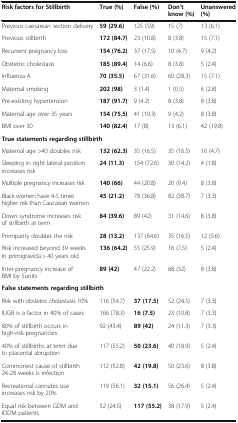
<table><thead><tr><td><b>Risk factors for Stillbirth</b></td><td><b>True (%)</b></td><td><b>False (%)</b></td><td><b>Don’t know (%)</b></td><td><b>Unanswered (%)</b></td></tr></thead><tbody><tr><td>Previous caesarean section delivery</td><td><b>59 (29.6)</b></td><td>125 (59)</td><td>15 (7)</td><td>13 (6.1)</td></tr><tr><td>Previous stillbirth</td><td><b>172 (84.7)</b></td><td>23 (10.8)</td><td>8 (3.8)</td><td>15 (7.1)</td></tr><tr><td>Recurrent pregnancy loss</td><td><b>154 (76.2)</b></td><td>37 (17.5)</td><td>10 (4.7)</td><td>9 (4.2)</td></tr><tr><td>Obstetric cholestasis</td><td><b>185 (89.4)</b></td><td>14 (6.6)</td><td>8 (3.8)</td><td>5 (2.4)</td></tr><tr><td>Influenza A</td><td><b>70 (35.5)</b></td><td>67 (31.6)</td><td>60 (28.3)</td><td>15 (7.1)</td></tr><tr><td>Maternal smoking</td><td><b>202 (98)</b></td><td>3 (1.4)</td><td>1 (0.5)</td><td>6 (2.8)</td></tr><tr><td>Pre-existing hypertension</td><td><b>187 (91.7)</b></td><td>9 (4.2)</td><td>8 (3.8)</td><td>8 (3.8)</td></tr><tr><td>Maternal age over 35 years</td><td><b>154 (75.5)</b></td><td>41 (19.3)</td><td>9 (4.2)</td><td>8 (3.8)</td></tr><tr><td>BMI over 30</td><td><b>140 (82.4)</b></td><td>17 (8)</td><td>13 (6.1)</td><td>42 (19.8)</td></tr><tr><td colspan="5"><b>True statements regarding stillbirth</b></td></tr><tr><td>Maternal age &gt;40 doubles risk</td><td><b>132 (62.3)</b></td><td>35 (16.5)</td><td>35 (16.5)</td><td>10 (4.7)</td></tr><tr><td>Sleeping in right lateral position increases risk</td><td><b>24 (11.3)</b></td><td>154 (72.6)</td><td>30 (14.2)</td><td>4 (1.8)</td></tr><tr><td>Multiple pregnancy increases risk</td><td><b>140 (66)</b></td><td>44 (20.8)</td><td>20 (9.4)</td><td>8 (3.8)</td></tr><tr><td>Black women have 4-5 times higher risk than Caucasian women</td><td><b>45 (21.2)</b></td><td>78 (36.8)</td><td>82 (38.7)</td><td>7 (3.3)</td></tr><tr><td>Down syndrome increases risk of stillbirth at term</td><td><b>84 (39.6)</b></td><td>89 (42)</td><td>31 (14.6)</td><td>8 (3.8)</td></tr><tr><td>Primiparity doubles the risk</td><td><b>28 (13.2)</b></td><td>137 (64.6)</td><td>35 (16.5)</td><td>12 (5.6)</td></tr><tr><td>Risk increased beyond 39 weeks in primigravida &gt; 40 years old</td><td><b>136 (64.2)</b></td><td>55 (25.9)</td><td>16 (7.5)</td><td>5 (2.4)</td></tr><tr><td>Inter-pregnancy increase of BMI by 5units</td><td><b>89 (42)</b></td><td>47 (22.2)</td><td>68 (32)</td><td>8 (3.8)</td></tr><tr><td colspan="5"><b>False statements regarding stillbirth</b></td></tr><tr><td>Risk with obstetric cholestasis 10%</td><td>116 (54.7)</td><td><b>37 (17.5)</b></td><td>52 (24.5)</td><td>7 (3.3)</td></tr><tr><td>IUGR is a factor in 40% of cases</td><td>166 (78.3)</td><td><b>16 (7.5)</b></td><td>23 (10.8)</td><td>7 (3.3)</td></tr><tr><td>80% of stillbirth occurs in high-risk pregnancies</td><td>92 (43.4)</td><td><b>89 (42)</b></td><td>24 (11.3)</td><td>7 (3.3)</td></tr><tr><td>40% of stillbirths at term due to placental abruption</td><td>117 (55.2)</td><td><b>50 (23.6)</b></td><td>40 (18.9)</td><td>5 (2.4)</td></tr><tr><td>Commonest cause of stillbirth 24-28 weeks is infection</td><td>112 (52.8)</td><td><b>42 (19.8)</b></td><td>50 (23.6)</td><td>8 (3.8)</td></tr><tr><td>Recreational cannabis use increases risk by 20%</td><td>119 (56.1)</td><td><b>32 (15.1)</b></td><td>56 (26.4)</td><td>5 (2.4)</td></tr><tr><td>Equal risk between GDM and IDDM patients</td><td>52 (24.5)</td><td><b>117 (55.2)</b></td><td>38 (17.9)</td><td>5 (2.4)</td></tr></tbody></table>